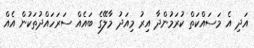
އަދި އެ މަސައްކަތް ކުރަމުންދާ އިރު މިއަދު މާލޭގެ ބައެއް ސަރަހައްދުތަކުން އެއް